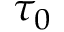
\tau _ { 0 }